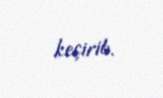
keçirib.